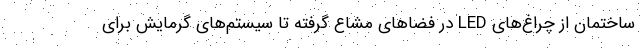
ساختمان از چراغ‌های LED در فضاهای مشاع گرفته تا سیستم‌های گرمایش برای